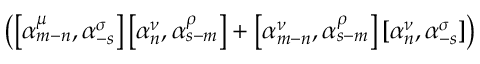
\left( \left[ { \alpha } _ { m - n } ^ { \mu } , { \alpha } _ { - s } ^ { \sigma } \right] \left[ { \alpha } _ { n } ^ { \nu } , { \alpha } _ { s - m } ^ { \rho } \right] + \left[ { \alpha } _ { m - n } ^ { \nu } , { \alpha } _ { s - m } ^ { \rho } \right] \left[ { \alpha } _ { n } ^ { \nu } , { \alpha } _ { - s } ^ { \sigma } \right] \right)